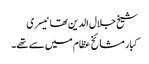
شیخ جلال الدین تھانیسری
کبار مشائخ عظام میں سے تھے۔